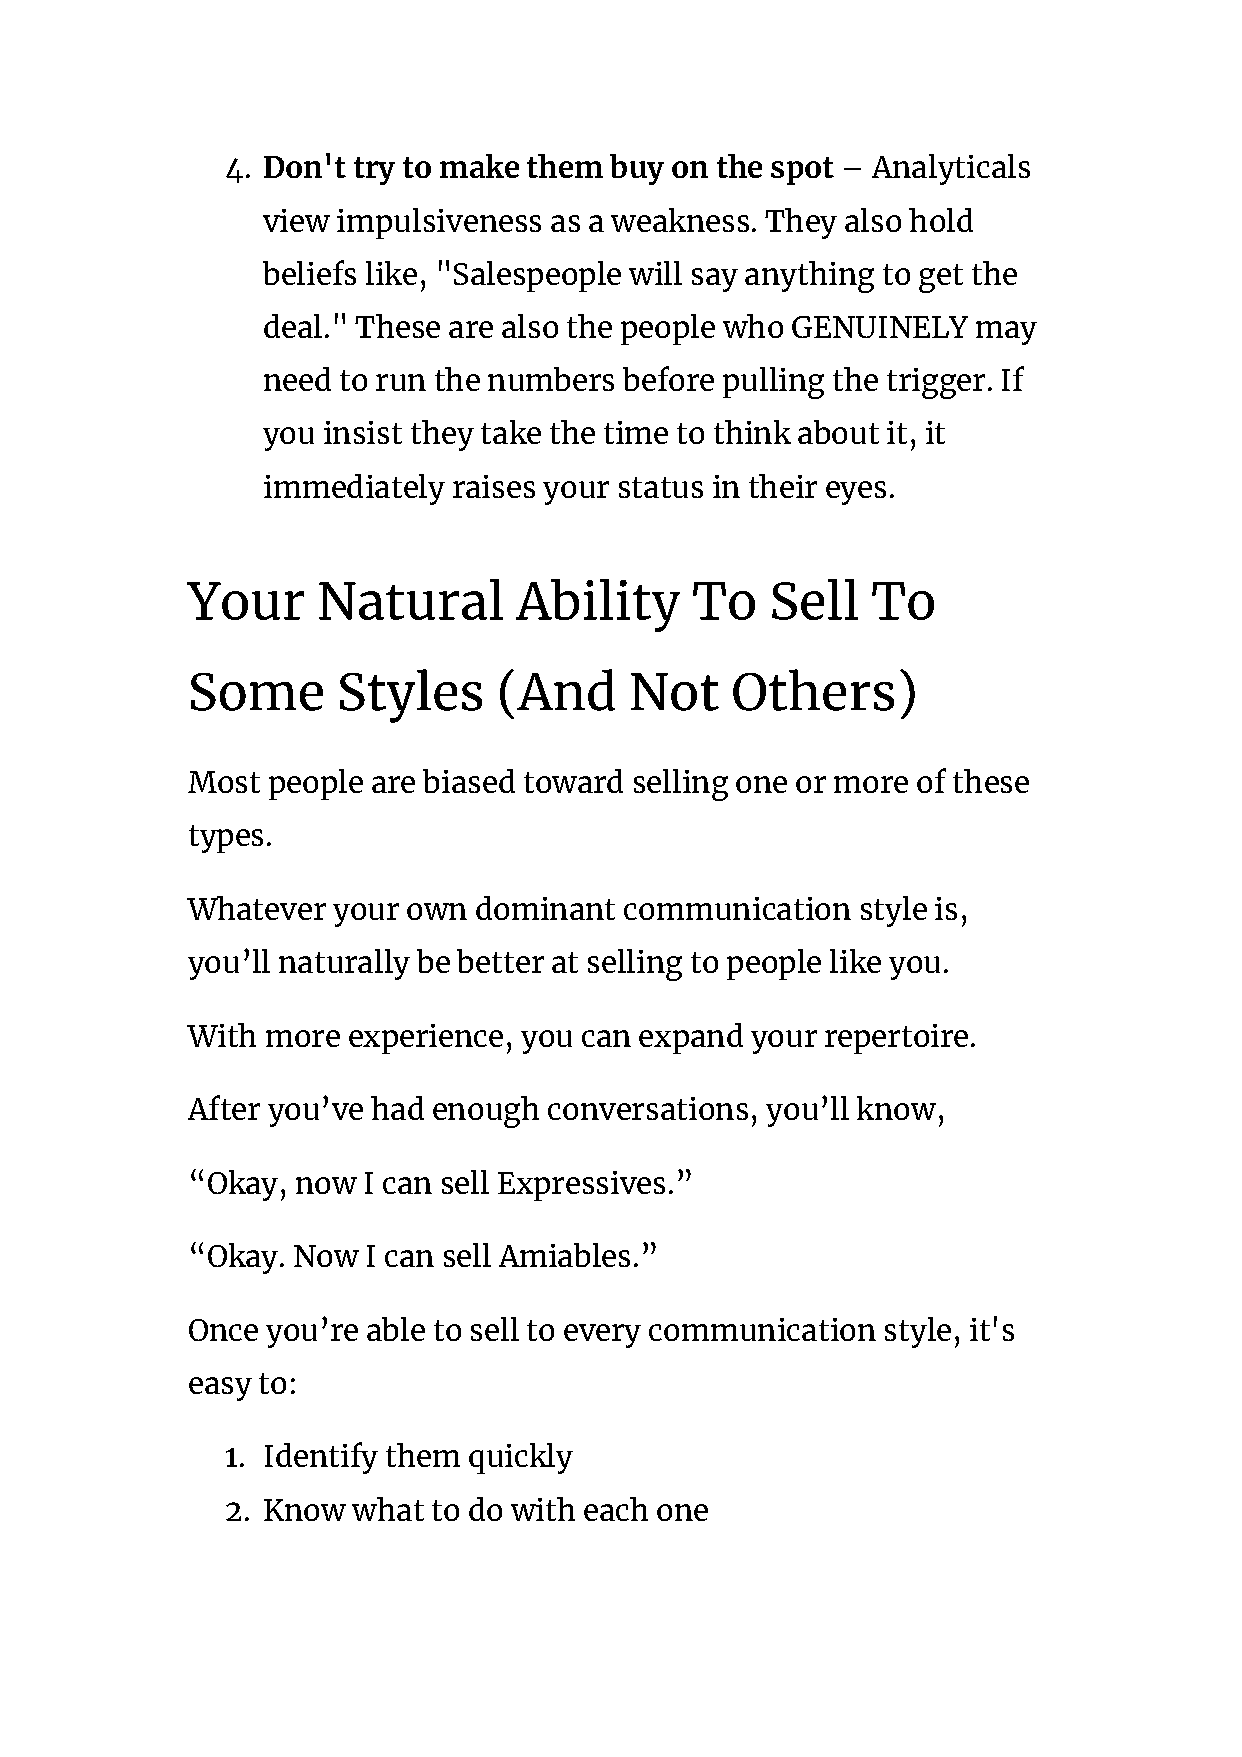
4. Don't try to make them buy on the spot​ – Analyticals
 view impulsiveness as a weakness. They also hold
 beliefs like, "Salespeople will say anything to get the
 deal." These are also the people who GENUINELY  may
 need to run the numbers before pulling the trigger. If
 you insist they take the time to think about it, it
 immediately  raises your status in their eyes.
 Your     Natural      Ability     To   Sell   To
 Some      Styles     (And     Not   Others)
 Most  people are biased toward selling one or more of these
 types.
 Whatever  your own dominant  communication   style is,
 you’ll naturally be better at selling to people like you.
 With  more experience, you can expand your repertoire.
 After you’ve had enough conversations, you’ll know,
 “Okay,  now I can sell Expressives.”
 “Okay. Now  I can sell Amiables.”
 Once  you’re able to sell to every communication style, it's
 easy to:
 1. Identify them quickly
 2. Know what  to do with each one